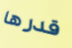
قدرها